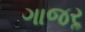
ગાજરૢ